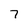
Character: 7